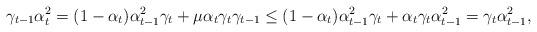
LaTeX: \begin{align*}\gamma_{t-1}\alpha_t^2=(1-\alpha_t)\alpha_{t-1}^2\gamma_t+\mu\alpha_t\gamma_t\gamma_{t-1}\leq(1-\alpha_t)\alpha_{t-1}^2\gamma_t+\alpha_t\gamma_t\alpha_{t-1}^2=\gamma_t\alpha_{t-1}^2,\end{align*}